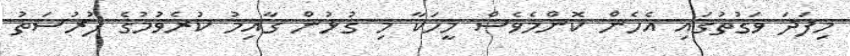
މިފަދަ ވަގުތުގައި އެހެން ކޮންމެވެސް މީހަކާ މި ގުޅުން ގާއިމު ކުރެވުމުގެ ފުރުސަތު